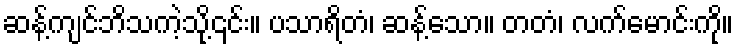
ဆန့်ကျင်ဘိသကဲ့သို့၎င်း။ ပသာရိတံ၊ ဆန့်သော။ တတံ၊ လက်မောင်းကို။